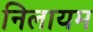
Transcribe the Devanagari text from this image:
निलायम